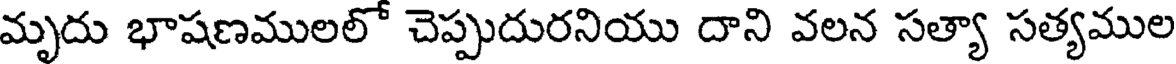
మృదు భాషణములలో చెప్పుదురనియు దాని వలన సత్యా సత్యముల